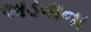
અડવાના